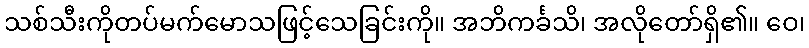
သစ်သီးကိုတပ်မက်မောသဖြင့်သေခြင်းကို။ အဘိကင်္ခသိ၊ အလိုတော်ရှိ၏။ ဝေ၊